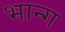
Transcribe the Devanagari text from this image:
भान्ग